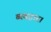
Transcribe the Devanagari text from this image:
व्‍यवहार।